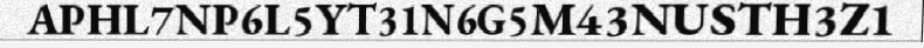
APHL7NP6L5YT31N6G5M43NUSTH3Z1